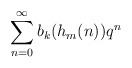
LaTeX: \begin{align*} \sum_{n=0}^\infty b_k(h_m(n))q^n\end{align*}